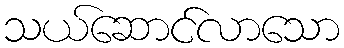
သယ်ဆောင်လာသော